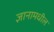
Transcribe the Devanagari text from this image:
ज्ञानामधील